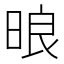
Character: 㫰